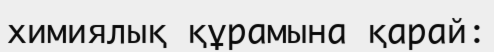
химиялық құрамына қарай: